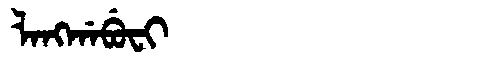
Manchu: ᠯᠠᠩᡤᠠᠪᡠᠸᡳ
Romanization: LANGGABUFI